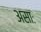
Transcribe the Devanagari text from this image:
असाः